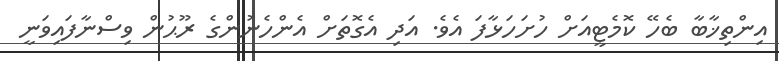
އިންތިޚާބާ ބެހޭ ކޮމެޓީއަށް ހުށަހަޅާފަ އެވެ. އަދި އެގޮތަށް އެންހެނުންގެ ރޫޙުން ވިސްނާފައިވަނީ